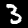
Label: 3